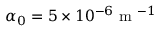
\alpha _ { 0 } = 5 \times 1 0 ^ { - 6 } \mathrm { ~ m ~ } ^ { - 1 }